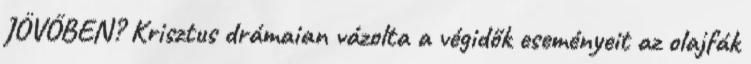
JÖVŐBEN? Krisztus drámaian vázolta a végidők eseményeit az olajfák